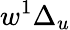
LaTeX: w^{1}\Delta_{u}